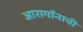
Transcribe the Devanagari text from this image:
आरागॉनाची